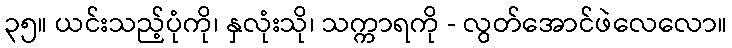
၃၅။ ယင်းသည့်ပုံကို၊ နှလုံးသို၊ သက္ကာရကို - လွတ်အောင်ဖဲလေလော။